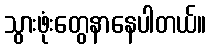
သွားဖုံးတွေနာနေပါတယ်။